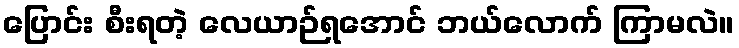
ပြောင်း စီးရတဲ့ လေယာဉ်ရအောင် ဘယ်လောက် ကြာမလဲ။